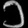
Digit: ၁